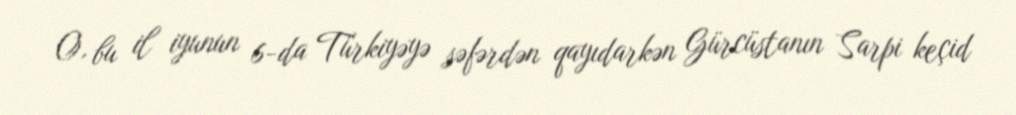
O, bu il iyunun 6-da Türkiyəyə səfərdən qayıdarkən Gürcüstanın Sarpi keçid